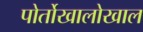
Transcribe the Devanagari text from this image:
पोर्तोखालोखाल